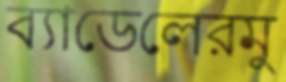
ব্যাডেলেরমু